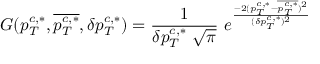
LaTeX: G ( p _ { T } ^ { c , \ast } , { \overline { { { p _ { T } ^ { c , \ast } } } } } , \delta p _ { T } ^ { c , \ast } ) = { \frac { 1 } { \delta p _ { T } ^ { c , \ast } \ \sqrt { \pi } } } \ e ^ { { \frac { - 2 ( p _ { T } ^ { c , \ast } - { \overline { { { p _ { T } ^ { c , \ast } } } } } ) ^ { 2 } } { ( \delta p _ { T } ^ { c , \ast } ) ^ { 2 } } } }